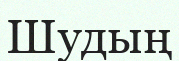
Шудың